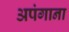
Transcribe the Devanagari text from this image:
अपंगाना